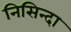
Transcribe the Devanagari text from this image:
निसिन्दा